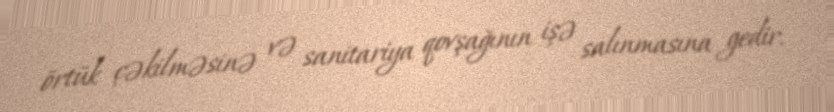
örtük çəkilməsinə və sanitariya qovşağının işə salınmasına gedir.